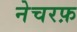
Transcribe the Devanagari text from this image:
नेचरफ़